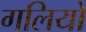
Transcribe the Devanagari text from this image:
गलियो